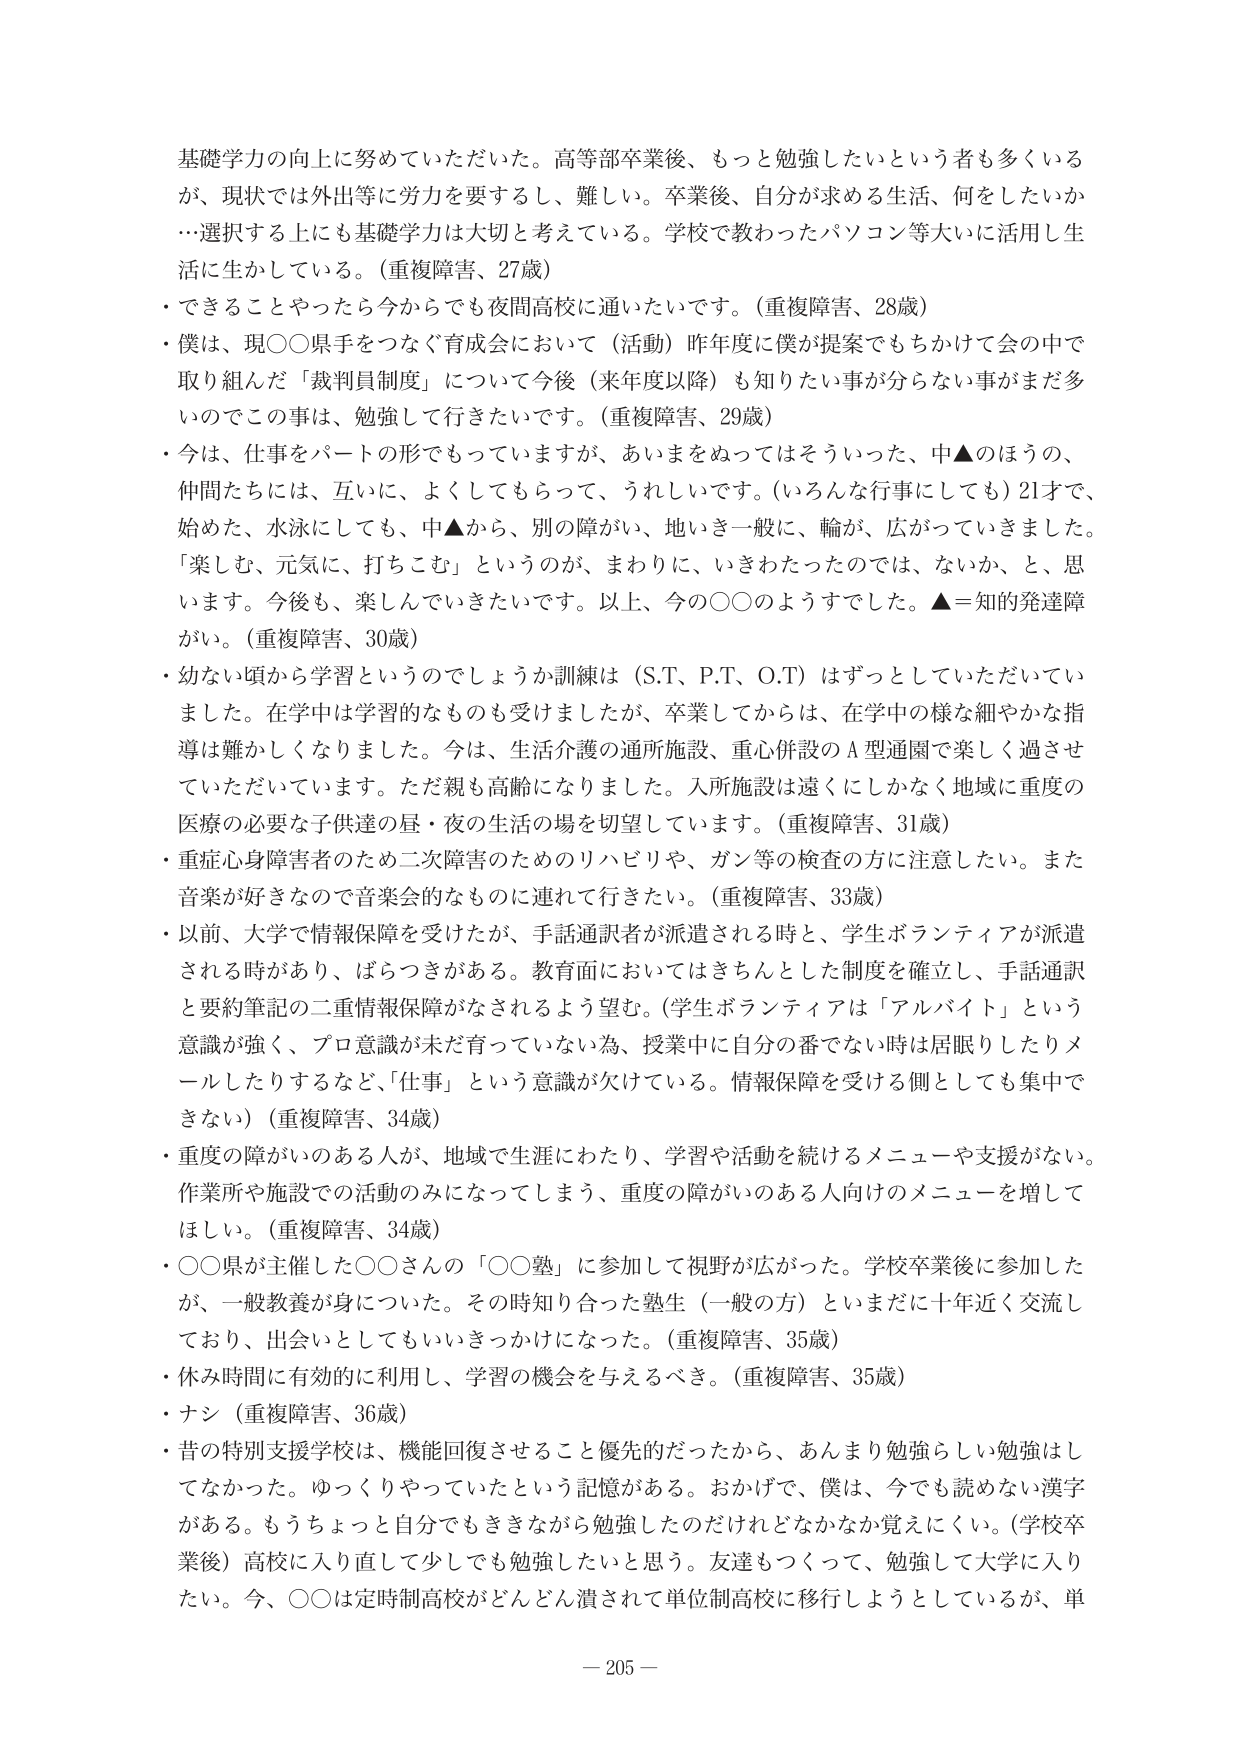
基礎学力の向上に努めていただいた。高等部卒業後、もっと勉強したいという者も多くいるが、現状では外出等に労力を要するし、難しい。卒業後、自分が求める生活、何をしたいか…選択する上にも基礎学力は大切と考えている。学校で教わったパソコン等大いに活用し生活に生かしている。（重複障害、27歳）

・できることやったら今からでも夜間高校に通いたいです。（重複障害、28歳）

・僕は、現○○県手をつなぐ育成会において（活動）昨年度に僕が提案でもちかけて会の中で取り組んだ「裁判員制度」について今後（来年度以降）も知りたい事が分らない事がまだ多いのでこの事は、勉強して行きたいです。（重複障害、29歳）

・今は、仕事をパートの形でもっていますが、あいまをぬってはそういった、中▲のほうの、仲間たちには、互いに、よくしてもらって、うれしいです。（いろんな行事にしても）21才で、始めた、水泳にしても、中▲から、別の障がい、地いき一般に、輪が、広がっていきました。「楽しむ、元気に、打ちこむ」というのが、まわりに、いきわたったのでは、ないか、と、思います。今後も、楽しんでいきたいです。以上、今の○○のようすでした。▲＝知的発達障がい。（重複障害、30歳）

・幼ない頃から学習というのでしょうか訓練は（S.T、P.T、O.T）はずっとしていただいていました。在学中は学習的なものも受けましたが、卒業してからは、在学中の様な細やかな指導は難しくなりました。今は、生活介護の通所施設、重心併設のA型通園で楽しく過させていただいています。ただ親も高齢になりました。入所施設は遠くにしかなく地域に重度の医療の必要な子供達の昼・夜の生活の場を切望しています。（重複障害、31歳）

・重症心身障害者のため二次障害のためのリハビリや、ガン等の検査の方に注意したい。また音楽が好きなので音楽会的なものに連れて行きたい。（重複障害、33歳）

・以前、大学で情報保障を受けたが、手話通訳者が派遣される時と、学生ボランティアが派遣される時があり、ばらつきがある。教育面においてはきちんとした制度を確立し、手話通訳と要約筆記の二重情報保障がなされるよう望む。（学生ボランティアは「アルバイト」という意識が強く、プロ意識が未だ育っていない為、授業中に自分の番でない時は居眠りしたりメールしたりするなど、「仕事」という意識が欠けている。情報保障を受ける側としても集中できない）（重複障害、34歳）

・重度の障がいのある人が、地域で生涯にわたり、学習や活動を続けるメニューや支援がない。作業所や施設での活動のみになってしまう、重度の障がいのある人向けのメニューを増してほしい。（重複障害、34歳）

・○○県が主催した○○さんの「○○塾」に参加して視野が広がった。学校卒業後に参加したが、一般教養が身についた。その時知り合った塾生（一般の方）といまだに十年近く交流しており、出会いとしてもいいきっかけになった。（重複障害、35歳）

・休み時間に有効的に利用し、学習の機会を与えるべき。（重複障害、35歳）

・ナシ（重複障害、36歳）

・昔の特別支援学校は、機能回復させること優先的だったから、あんまり勉強らしい勉強はしてなかった。ゆっくりやっていたという記憶がある。おかげで、僕は、今でも読めない漢字がある。もうちょっと自分でもききながら勉強したのだけれどなかなか覚えにくい。（学校卒業後）高校に入り直して少しでも勉強したいと思う。友達もつくって、勉強して大学に入りたい。今、○○は定時制高校がどんどん潰されて単位制高校に移行しようとしているが、単

－205－